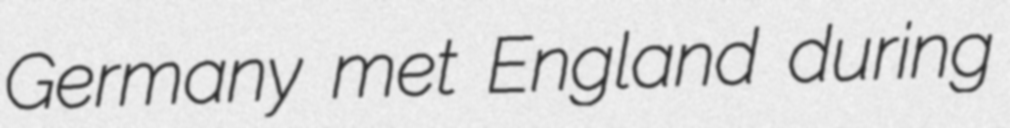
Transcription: Germany met England during